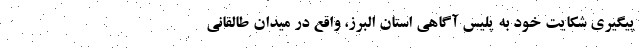
پیگیری شکایت خود به پلیس آگاهی استان البرز، واقع در میدان طالقانی